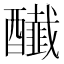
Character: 𨣲